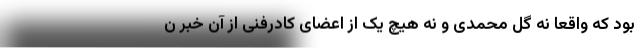
بود که واقعا نه گل محمدی و نه هیچ یک از اعضای کادرفنی از آن خبر ن